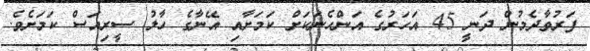
ފަރުވާދެމުން ދަނީ 45 އަހަރުގެ އަންހެނަކަށް ކަމަށާއި އޭނާގެ ހާލު ސީރިއަސް ކަމަށެވެ.